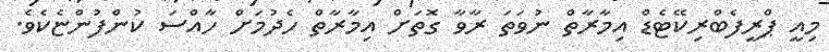
މިއީ ޕްރީފެބްރިކޭޓެޑް އިމާރާތް ނުވަތަ ރާވާ ގޮތަށް އިމާރާތް ހެދުމަށް ހާއްސަ ކުންފުންޏެކެވެ.